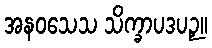
အနဝသေသ သိက္ခာပဒပဉှ။